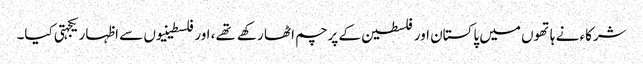
شرکاء نے ہاتھوں میں پاکستان اور فلسطین کے پرچم اٹھا رکهے تهے، اور فلسطینیوں سے اظہار یکجہتی کیا۔